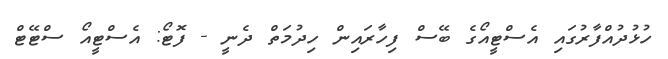
ހުޅުދުއްފާރުގައި އެސްޓީއޯގެ ބޭސް ފިހާރައިން ހިދުމަތް ދެނީ - ފޮޓޯ: އެސްޓީއޯ ސްޓޭޓް